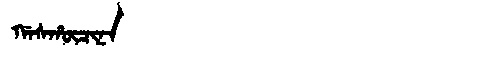
Manchu: ᡤᠠᠰᡥᡡᠴᡳᠨᠠ
Romanization: GASHŪCINA